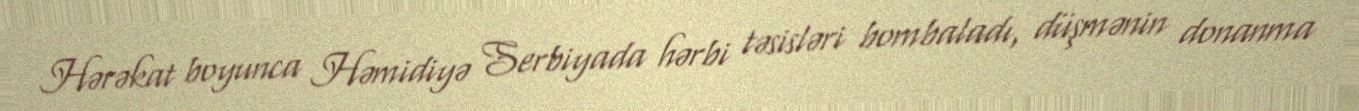
Hərəkat boyunca Həmidiyə Serbiyada hərbi təsisləri bombaladı, düşmənin donanma